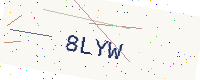
Text: 8LYW